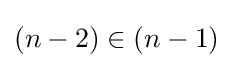
{\textstyle (n-2)\in (n-1)}